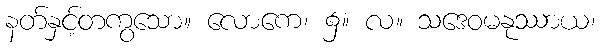
နတ်နှင့်တကွသော။ လောကေ၊ ၌။ လ။ သဒေဝမနုဿာယ၊